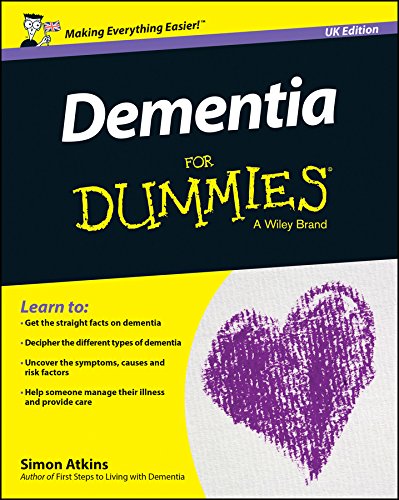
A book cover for Dementia For Dummies - UK; Simon Atkins; Health, Fitness & Dieting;